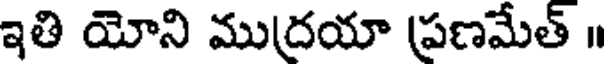
ఇతి యోని ముద్రయా ప్రణమేత్ ॥